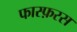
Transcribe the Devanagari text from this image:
फास्फ़रस